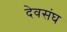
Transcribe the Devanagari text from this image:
देवसंघ